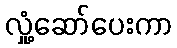
လှုံ့ဆော်ပေးကာ